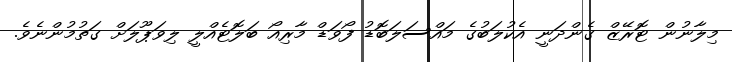
މިލާނުން ޓޮރޭޒް ގެންދަނީ އެކުލަބުގެ މައްސަލަބޮޑު ފޯވަޑް މާރިއޯ ބަލޮޓެއްލީ ލިވަޕޫލަށް ގަތުމުންނެވެ.